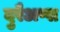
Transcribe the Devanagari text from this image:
दुरैअप्पा